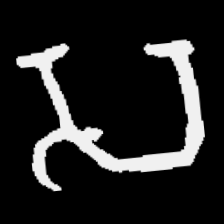
Pyu character \u2014 Myanmar letter: သ (romanized: sa)